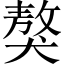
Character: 獒